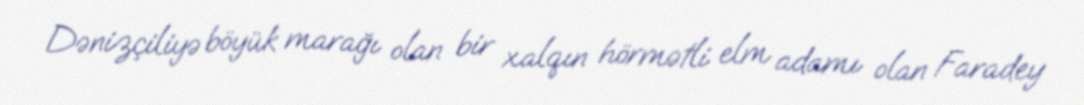
Dənizçiliyə böyük marağı olan bir xalqın hörmətli elm adamı olan Faradey